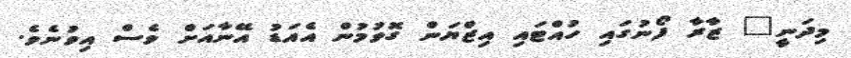
މިދަނީ" ޒާރާ ފޯނުގައި ހުއްޓައި އިޒްޔަން ގޮވުމުން އެއަޑު އޭނާއަށް ވެސް އިވުނެވެ.